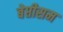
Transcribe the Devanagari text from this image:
बेप्तीसम